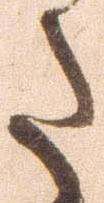
た